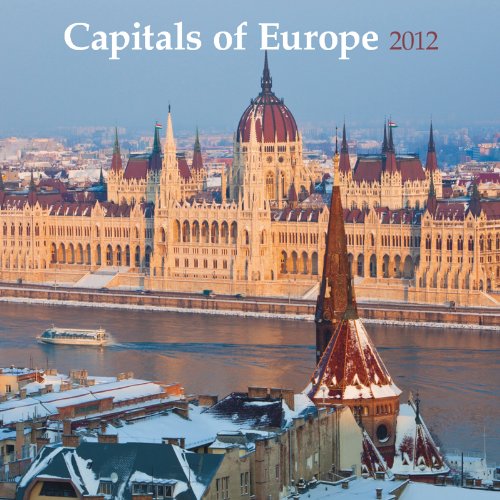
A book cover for Capitols of Europe 2012 Calendar; Browntrout Publishers; Calendars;